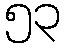
၅၃